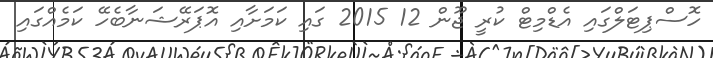
ހޮސްޕިޓަލްގައި އެޑްމިޓް ކުރީ ޖޫން 12 2015 ގައި ކަމަށާއި އޮޕަރޭޝަނާބެހޭ ކަމެއްގައި